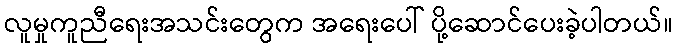
လူမှုကူညီရေးအသင်းတွေက အရေးပေါ် ပို့ဆောင်ပေးခဲ့ပါတယ်။